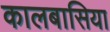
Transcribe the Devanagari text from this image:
कालबासिया